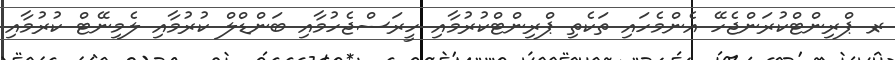
ރ- ޕްރިންޓްކުރަންޖެހޭ އެންމެހައި ތަކެތި ޕްރިންޓްކުރުމާއި ހީރަސްޖެހުމާއި ބަންޑްލް ކުރުމާއި ލެމިނޭޓް ކުރުމާއި